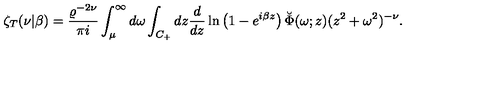
\zeta _ { T } ( \nu | \beta ) = { \frac { \varrho ^ { - 2 \nu } } { \pi i } } \int _ { \mu } ^ { \infty } d \omega \int _ { C _ { + } } d z { \frac { d } { d z } } \ln \left( 1 - e ^ { i \beta z } \right) \breve { \Phi } ( \omega ; z ) ( z ^ { 2 } + \omega ^ { 2 } ) ^ { - \nu } .